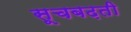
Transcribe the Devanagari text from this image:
सूचबढ़ती